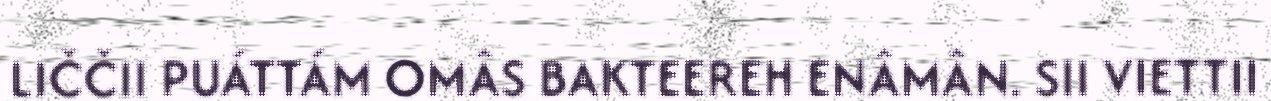
LIČČII PUÁTTÁM OMÂS BAKTEEREH ENÂMÂN. SII VIETTII